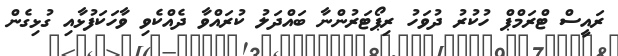
ރައީސް ޓްރަމްޕް ހުކުރު ދުވަހު ރިޕޯޓަރުންނާ ބައްދަލު ކުރައްވާ ދެއްކެވި ވާހަކަފުޅާއި ގުޅިގެން